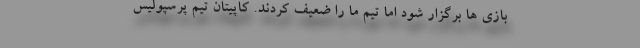
بازی ها برگزار شود اما تیم ما را ضعیف کردند. کاپیتان تیم پرسپولیس